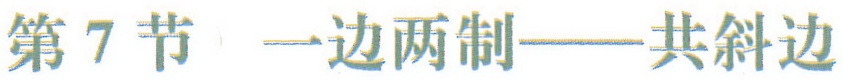
第7节 一边两制——共斜边